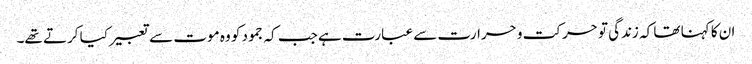
ان کا کہنا تھا کہ زندگی تو حرکت و حرارت سے عبارت ہے جب کہ جمود کو وہ موت سے تعبیر کیا کرتے تھے۔